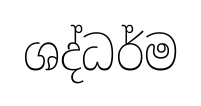
ශද්ධර්ම